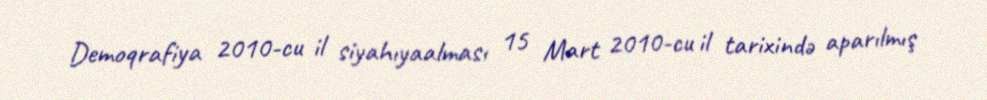
Demoqrafiya 2010-cu il siyahıyaalması 15 Mart 2010-cu il tarixində aparılmış